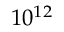
1 0 ^ { 1 2 }